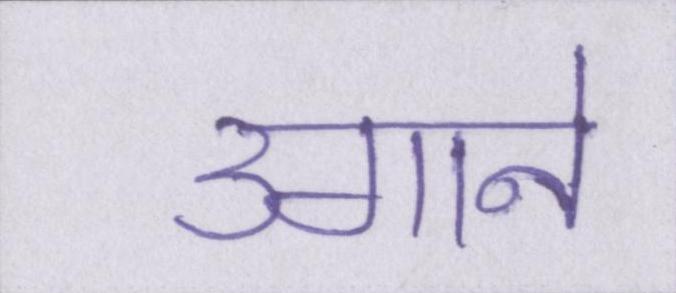
उगाने